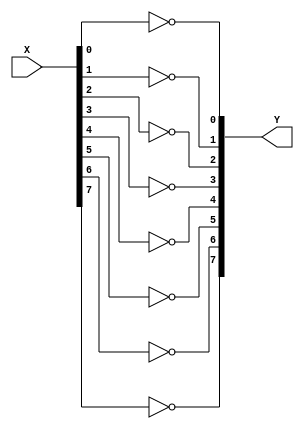
module onescomplement(Y,X);
input  [7:0]X;
output [7:0]Y;
not one1(Y[0],X[0]);
not one2(Y[1],X[1]);
not one3(Y[2],X[2]);
not one4(Y[3],X[3]);
not one5(Y[4],X[4]);
not one6(Y[5],X[5]);
not one7(Y[6],X[6]);
not one8(Y[7],X[7]);
endmodule